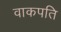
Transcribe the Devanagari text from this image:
वाकपति